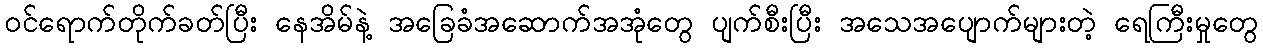
ဝင်ရောက်တိုက်ခတ်ပြီး နေအိမ်နဲ့ အခြေခံအဆောက်အအုံတွေ ပျက်စီးပြီး အသေအပျောက်များတဲ့ ရေကြီးမှုတွေ